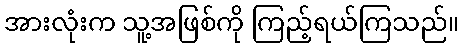
အားလုံးက သူ့အဖြစ်ကို ကြည့်ရယ်ကြသည်။